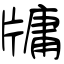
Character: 牗